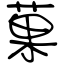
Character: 菓